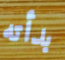
بدأته